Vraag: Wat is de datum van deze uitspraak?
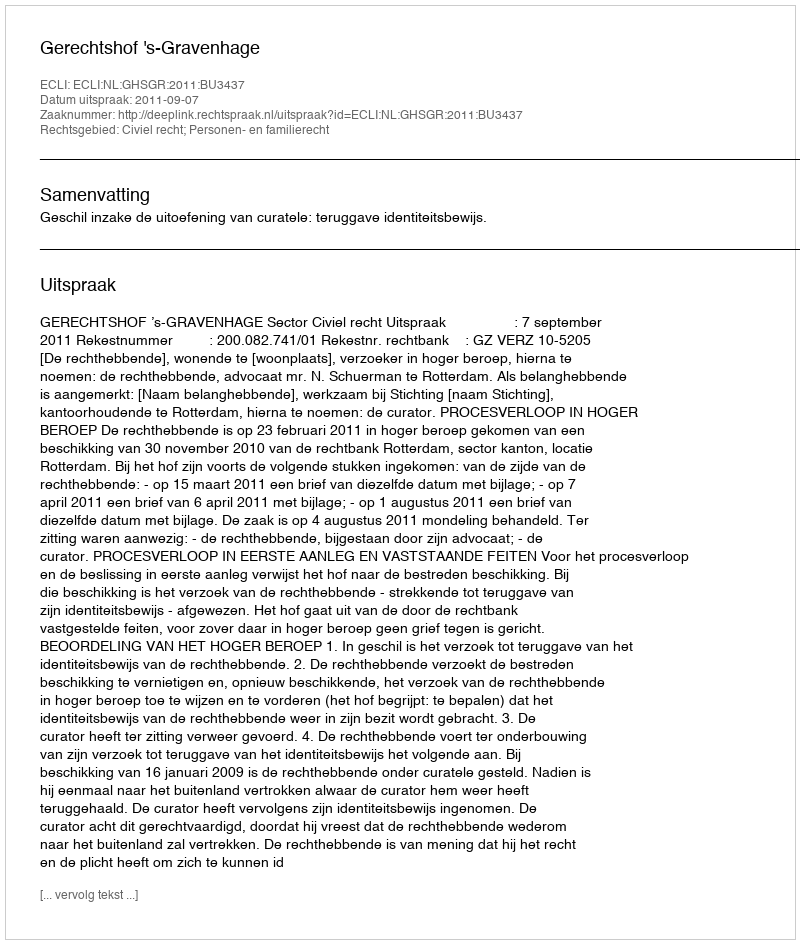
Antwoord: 2011-09-07